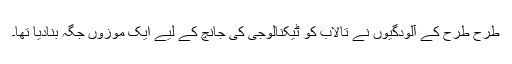
طرح طرح کے آلودگیوں نے تالاب کو ٹیکنالوجی کی جانچ کے لیے ایک موزوں جگہ بنادیا تھا۔